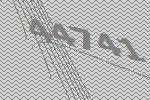
44741